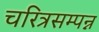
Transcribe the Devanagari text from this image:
चरित्रसम्पन्न